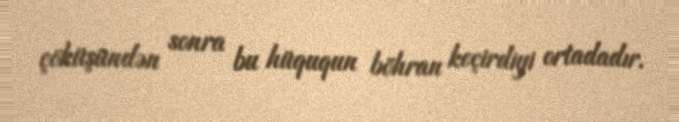
çöküşündən sonra bu hüququn böhran keçirdiyi ortadadır.